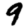
Digit: 9